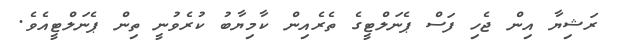
ރަޝިޔާ އިން ޖެހި ފަސް ޕެނަލްޓީގެ ތެރެއިން ކާމިޔާބު ކުރެވުނީ ތިން ޕެނަލްޓީއެވެ.